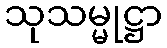
သုသမ္မုဋ္ဌာ